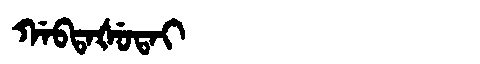
Manchu: ᡤᠠᠪᡨᠠᡧᡠᡨᠠᡳ
Romanization: GABTAŠUTAI